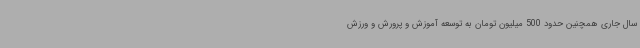
سال جاری همچنین حدود 500 میلیون تومان به توسعه آموزش و پرورش و ورزش